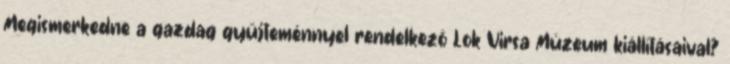
Megismerkedne a gazdag gyűjteménnyel rendelkező Lok Virsa Múzeum kiállításaival?